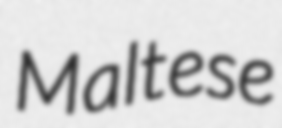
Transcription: Maltese